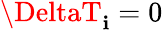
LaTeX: \DeltaT_{\mathbf{i}}=0